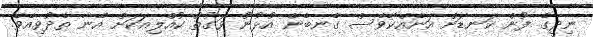
ނިދީގެ ފުން ކަނޑަށް އަނެއްކާވެސް ގެނބެން އުޅުނު ވަގުތު ކުއްލިއަކަށް އޭނާ ތެދުވިއެވެ.